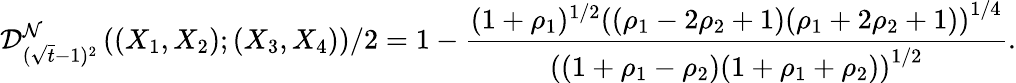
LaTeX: \mathcal{D}_{(\sqrt{t}-1)^{2}}^{\mathcal{N}}\left((X_{1},X_{2});(X_{3},X_{4})\right)/2=1-\frac{(1+\rho_{1})^{1/2}\left((\rho_{1}-2\rho_{2}+1)(\rho_{1}+2\rho_{2}+1)\right)^{1/4}}{\left((1+\rho_{1}-\rho_{2})(1+\rho_{1}+\rho_{2})\right)^{1/2}}.